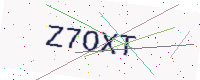
Text: Z7OXT